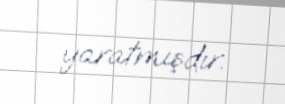
yaratmışdır.